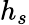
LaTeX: h_{s}